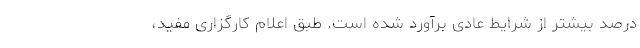
درصد بیشتر از شرایط عادی برآورد شده است. طبق اعلام کارگزاری مفید،